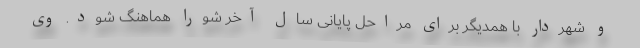
و شهردار با همدیگر برای مراحل پایانی سال آخر شورا هماهنگ شود. وی